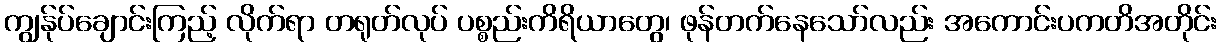
ကျွန်ုပ်ချောင်းကြည့် လိုက်ရာ တရုတ်လုပ် ပစ္စည်းကိရိယာတွေ၊ ဖုန်တက်နေသော်လည်း အကောင်းပကတိအတိုင်း